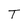
Character: T